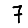
Digit: 7